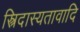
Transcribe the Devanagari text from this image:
स्त्रिदास्यतावादि